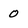
Character: 0